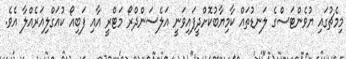
މިމެޗުގައި ޔުވެންޓަސްގެ ލަނޑުތައް ކާމިޔާބުކޮށްދީފައިވަނީ އަލެސަންދްރޯ މަޓްރީ އާއި ފަބިއޯ ކުއަގްލިއަރެއްލާ އެވެ.